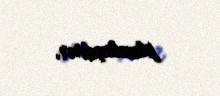
planlaşdırır.